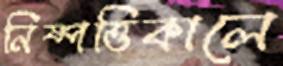
নিষ্পত্তিকালে